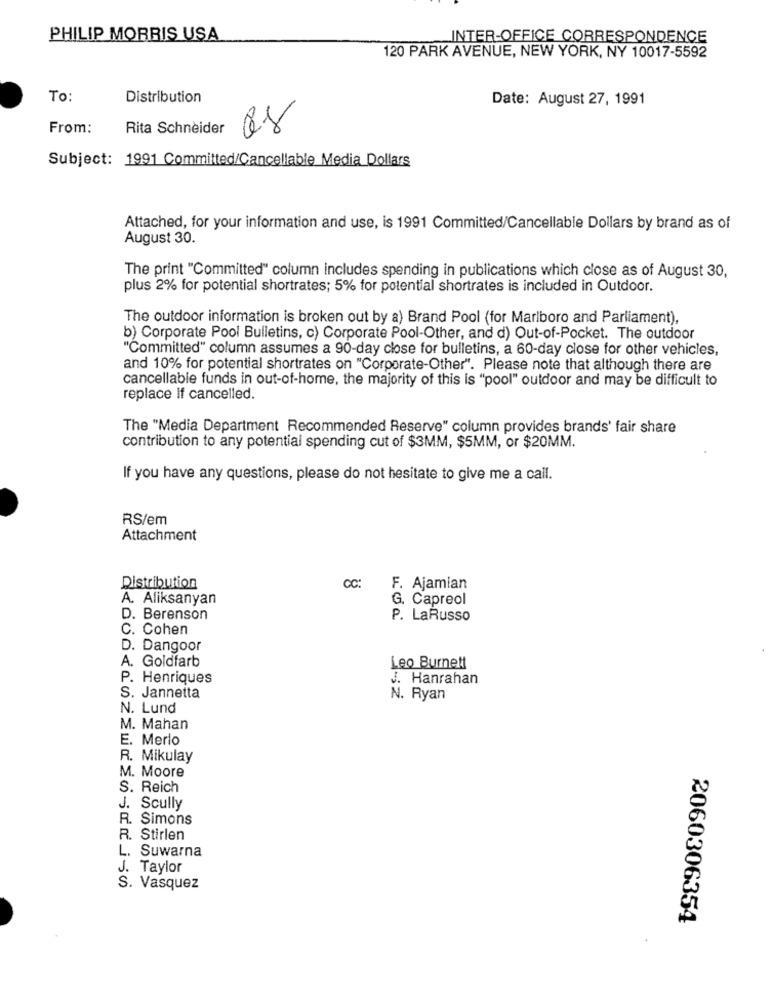
PHILIP MORRIS USA
INTER-OFFICE CORRESPONDENCE
120 PARK AVENUE, NEW YORK, NY 10017-5592
To:
Distribution
Date: August 27, 1991
From:
Rita Schneider
Q8
Subject: 1991 Committed/Cancellable Media Dollars
Attached, for your information and use, is 1991 Committed/Cancellable Dollars by brand as of
August 30.
The print "Committed" column includes spending in publications which close as of August 30,
plus 2% for potential shortrates; 5% for potential shortrates is included in Outdoor.
The outdoor information is broken out by a) Brand Pool (for Marlboro and Parliament).
b) Corporate Pool Bulletins, c) Corporate Pool-Other, and d) Out-of-Pocket. The outdoor
"Committed" column assumes a 90-day close for bulletins, a 60-day close for other vehicles,
and 10% for potential shortrates on "Corporate-Other". Please note that although there are
cancellable funds in out-of-home, the majority of this is "pool" outdoor and may be difficult to
replace If cancelled.
The "Media Department Recommended Reserve" column provides brands' fair share
contribution to any potential spending cut of $3MM, $5MM, or $20MM.
If you have any questions, please do not hesitate to give me a call.
RS/em
Attachment
CC:
Distribution
F. Ajamian
A. Aliksanyan
G. Capreol
D. Berenson
P. LaRusso
C. Cohen
D. Dangoor
A. Goldfarb
Leo Burnett
P. Henriques
J. Hanrahan
S. Jannetta
N. Ryan
N. Lund
M. Mahan
E. Merlo
R. Mikulay
M. Moore
S. Reich
J. Scully
R. Simons
R. Stirlen
L. Suwarna
J. Taylor
S. Vasquez
2060306354